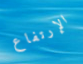
الإرتفاع